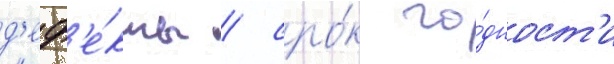
д'еф'е́кты / сро́к го́дност'и